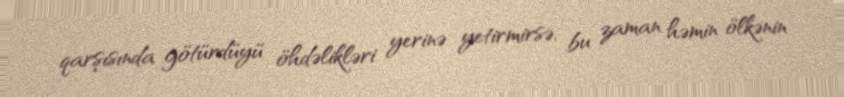
qarşısında götürdüyü öhdəlikləri yerinə yetirmirsə, bu zaman həmin ölkənin